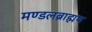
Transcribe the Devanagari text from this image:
मण्डलब्राह्मण